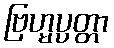
ဗြဟ္မပ္ပတ္တာ